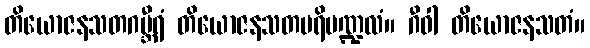
တိယောဇနသတဂမ္ဘီရံ တိယောဇနသတပရိမဏ္ဍလံ။ ဂီဝါ တိယောဇနသတံ။